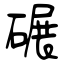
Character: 碾